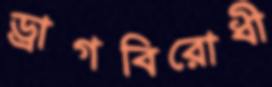
ড্রাগবিরোধী